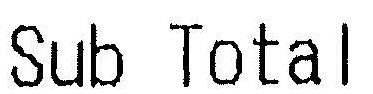
SUB TOTAL